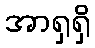
အာရှရှိ